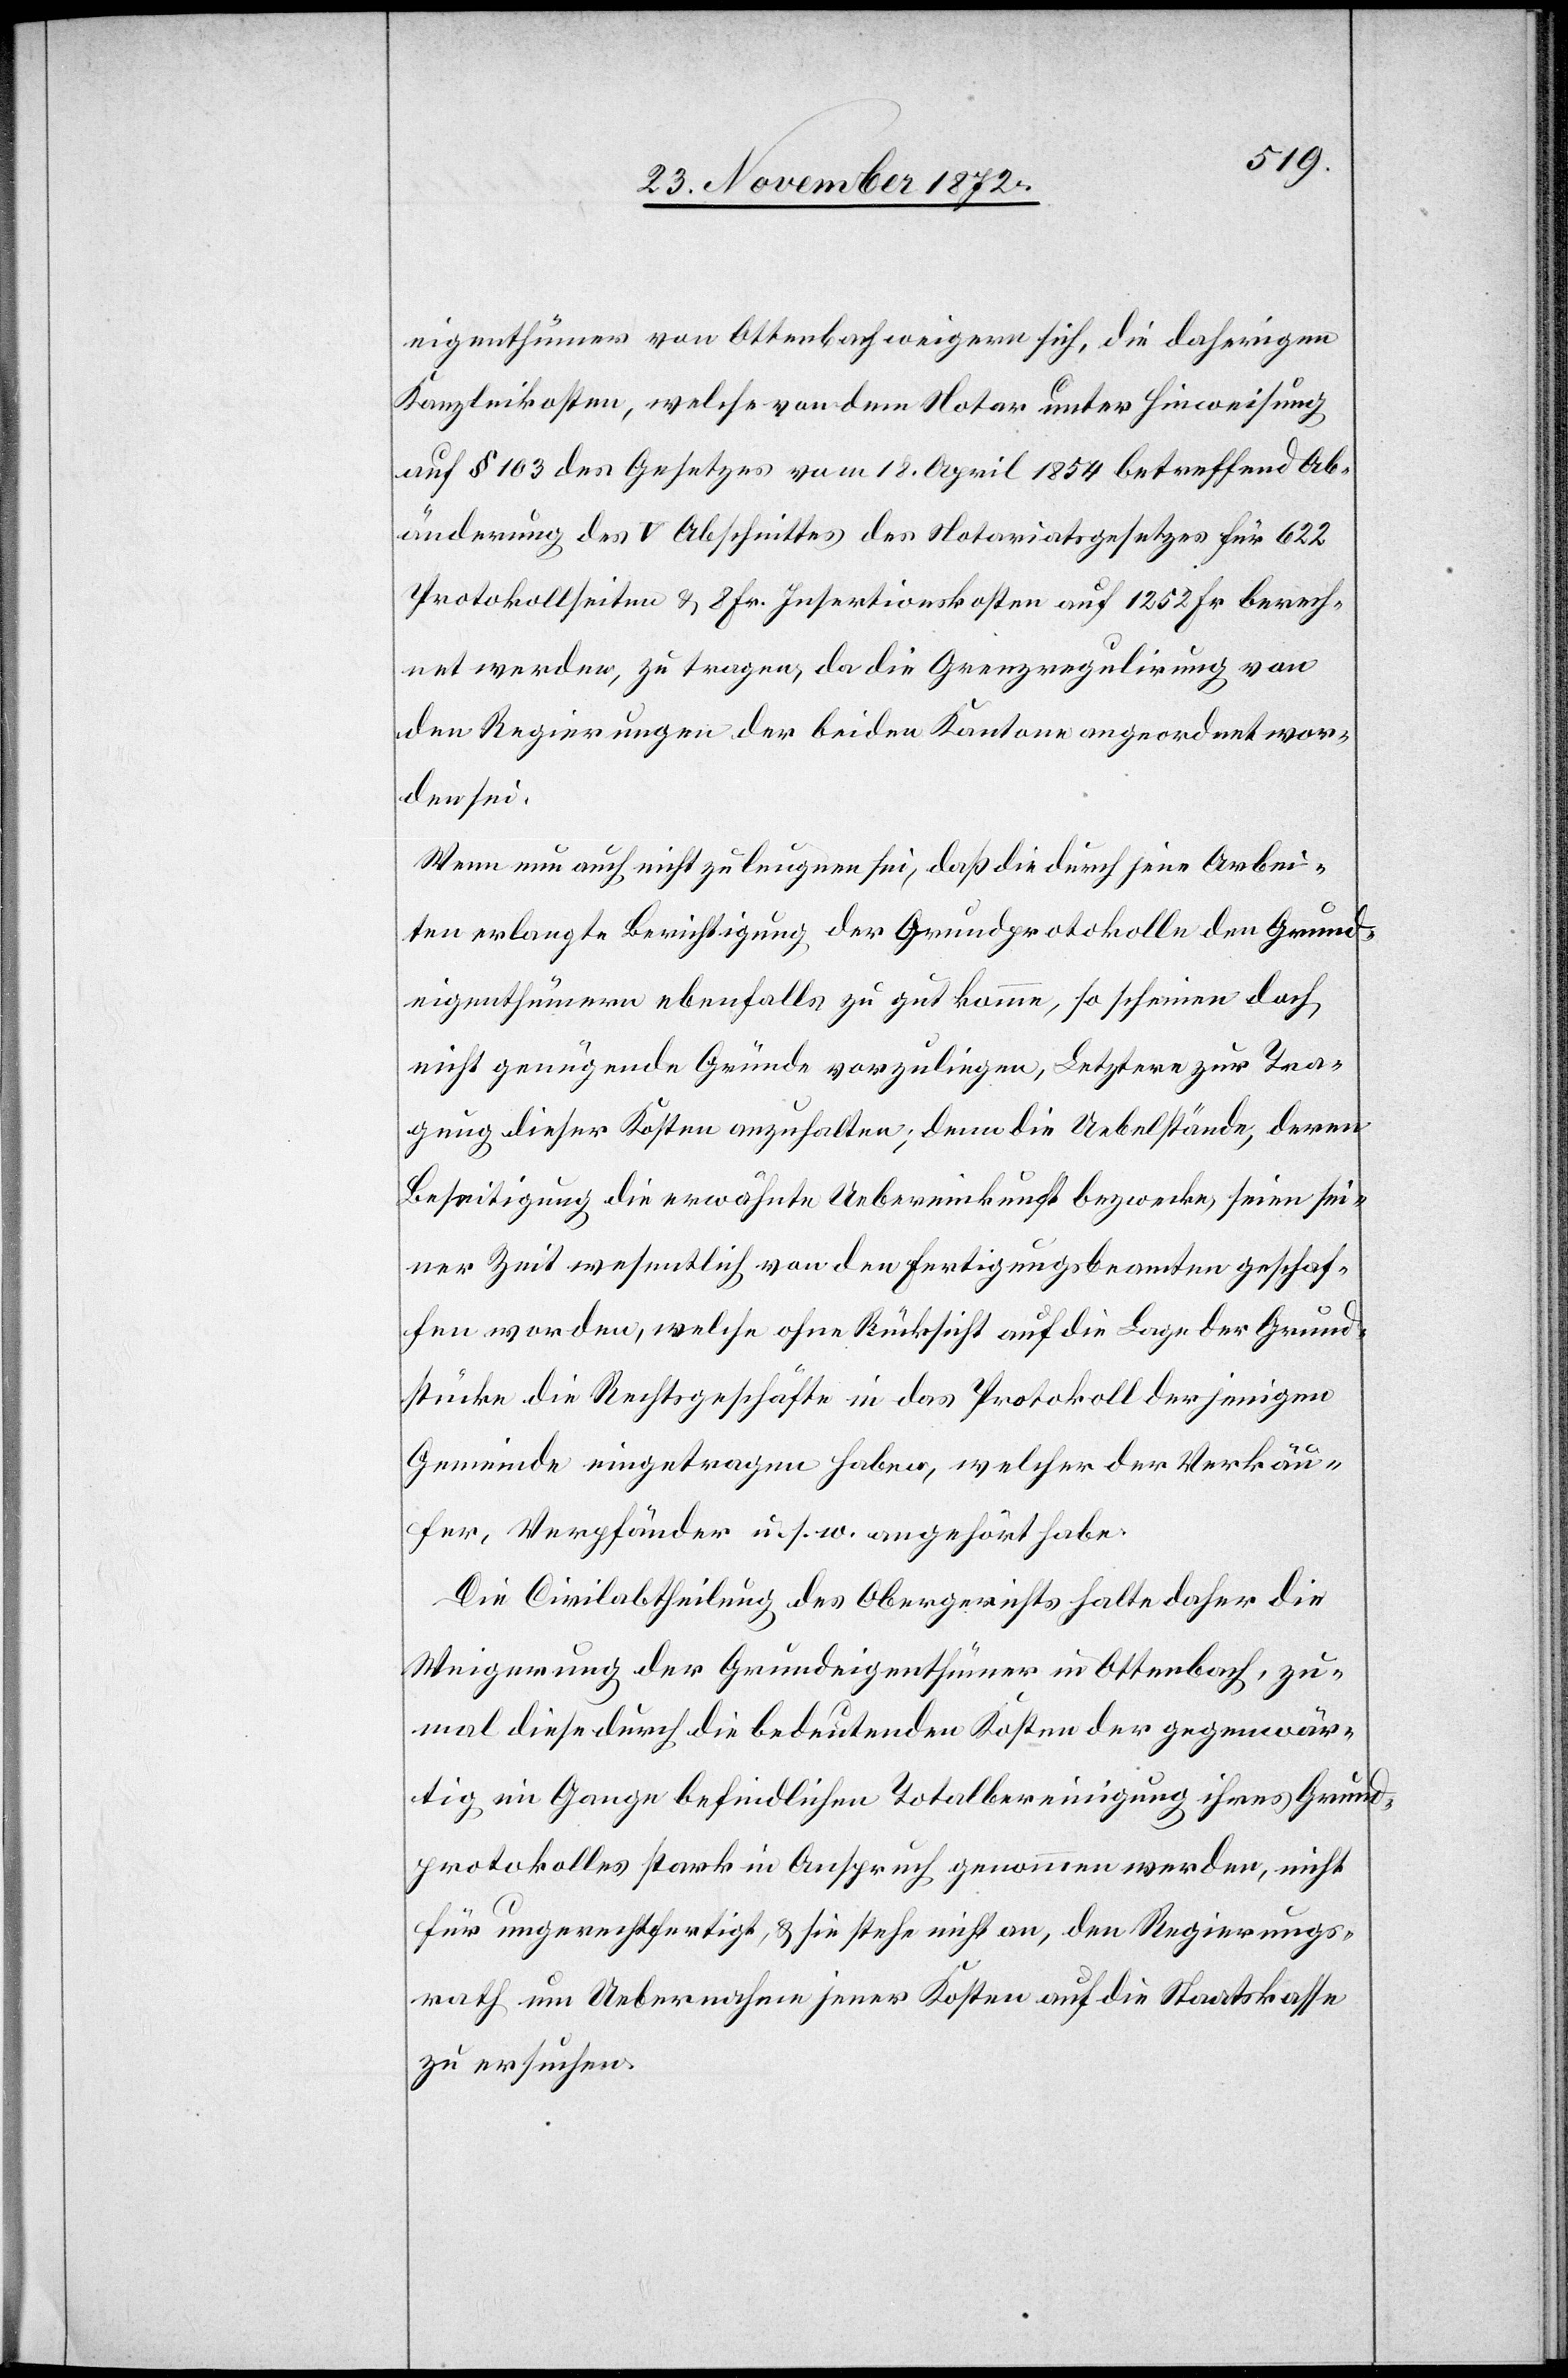
eigenthümer von Ottenbach weigern sich, die daherigen
Kanzleikosten, welche von dem Notar unter Hinweisung
auf § 103 des Gesetzes vom 18. April 1854 betreffend Ab¬
änderung des V Abschnittes des Notariatsgesetzes für 622
Protokollseiten u. 8 Fr. Insertionskosten auf 1 252 Fr. berech¬
net werden, zu tragen, da die Grenzregulirung von
den Regierungen der beiden Kantone angeordnet wor¬
den sei.
Wenn nun auch nicht zu leugnen sei, daß die durch jene Arbei¬
ten erlangte Berichtigung der Grundprotokolle den Grund¬
eigenthümern ebenfalls zu gut komme, so scheinen doch
nicht genügende Gründe vorzuliegen, Letztere zur Tra¬
gung dieser Kosten anzuhalten; denn die Uebelstände, deren
Bestreitigung die erwähnte Uebereinkunft bezwecke, seien sei¬
ner Zeit wesentlich von den Fertigungsbeamten geschaf¬
fen worden, welche ohne Rücksicht auf die Lage der Grund¬
stücke die Rechtsgeschäfte in das Protokoll derjenigen
Gemeinde eingetragen haben, welcher der Verkäu¬
fer, Verpfänder u. s. w. angehört habe.
Die Civilabtheilung des Obergerichts halte daher die
Weigerung der Grundeigenthümer in Ottenbach, zu¬
mal diese durch die bedeutenden Kosten der gegenwär¬
tig im Gange befindlichen Totalbereinigung ihres Grund¬
protokolles stark in Anspruch genommen werden, nicht
für ungerechtfertigt, u. sie stehe nicht an, den Regierungs¬
rath um Uebernahme jener Kosten auf die Staatskasse
zu ersuchen.